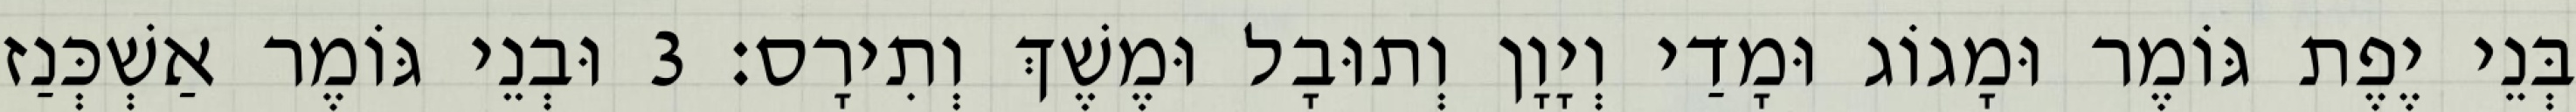
בְּנֵי יֶפֶת גּוֹמֶר וּמָגוֹג וּמָדַי וְיָוָן וְתוּבָל וּמֶשֶׁךְ וְתִירָס׃ 3 וּבְנֵי גּוֹמֶר אַשְׁכְּנַז